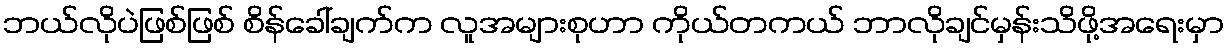
ဘယ်လိုပဲဖြစ်ဖြစ် စိန်ခေါ်ချက်က လူအများစုဟာ ကိုယ်တကယ် ဘာလိုချင်မှန်းသိဖို့အရေးမှာ